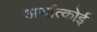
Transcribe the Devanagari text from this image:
अर्थात्कोई